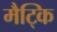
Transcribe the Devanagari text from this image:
मैट्कि